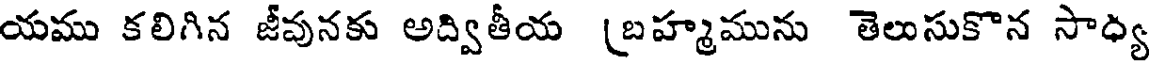
యము కలిగిన జీవునకు అద్వితీయ (బహ్మమును తెలుసుకొన సాధ్య